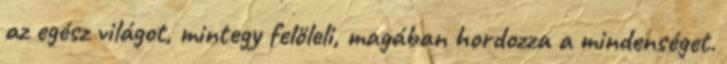
az egész világot, mintegy felöleli, magában hordozza a mindenséget.